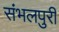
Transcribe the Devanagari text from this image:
संभलपुरी